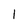
Character: l